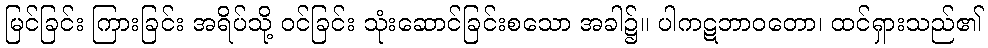
မြင်ခြင်း ကြားခြင်း အရိပ်သို့ ဝင်ခြင်း သုံးဆောင်ခြင်းစသော အခါ၌။ ပါကဋဘာဝတော၊ ထင်ရှားသည်၏